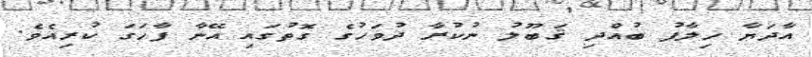
އާދަޔާ ޚިލާފު ބުއްދި ޤަބޫލު ނުކުރާ ދުވަހުގެ ގޮތުގައި އޭނާ ފާހަގަ ކުރިއެވެ.